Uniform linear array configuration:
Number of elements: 48
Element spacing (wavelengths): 0.5
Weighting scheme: hamming
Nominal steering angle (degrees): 15
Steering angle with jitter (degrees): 16.372
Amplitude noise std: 0.05
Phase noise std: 0.05

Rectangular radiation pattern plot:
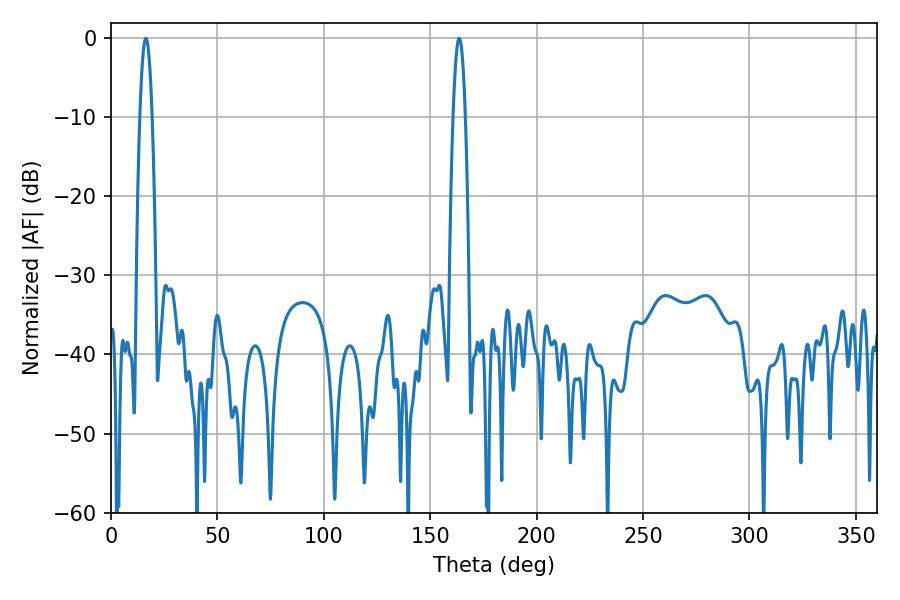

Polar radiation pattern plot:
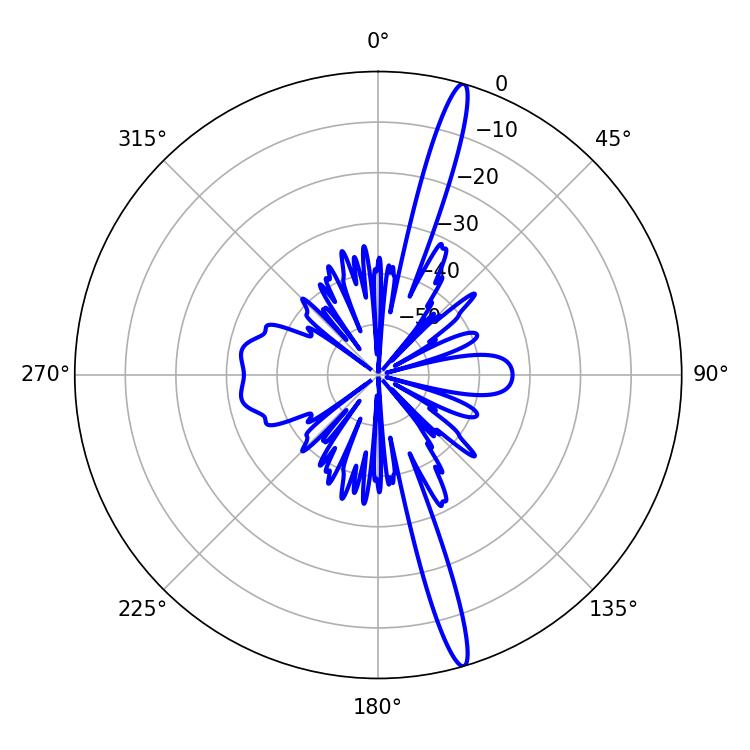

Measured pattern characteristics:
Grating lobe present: FALSE
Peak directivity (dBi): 17.713
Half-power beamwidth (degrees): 3.24
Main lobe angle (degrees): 16.38